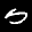
Label: 5